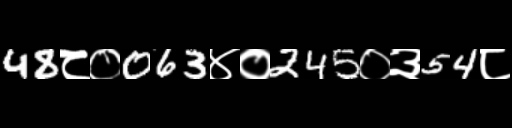
Text: 48८०063४०245०३54८